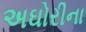
અઘોરીના